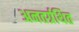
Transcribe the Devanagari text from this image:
अनतर्ग्रथित